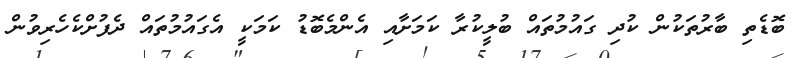
ބޮޑެތި ބާރުތަކުން ކުދި ގައުމުތައް ބުލީކުރާ ކަމަށާއި އެންމެބޮޑު ކަމަކީ އެގައުމުތައް ދެފުށްކެހެރިވުން